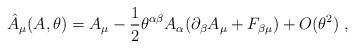
LaTeX: \begin{align*}\hat{A}_{\mu}(A, \theta)=A_{\mu}-\frac{1}{2}\theta^{\alpha\beta}A_{\alpha}(\partial_{\beta}A_{\mu} + F_{\beta \mu}) +O(\theta^{2}) \;,\end{align*}